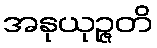
အနုယုဉ္ဇတိ